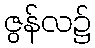
ဇွန်လ၌